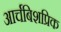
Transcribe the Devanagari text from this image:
आर्चबिशप्रिक